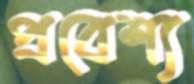
প্রবেশ্য